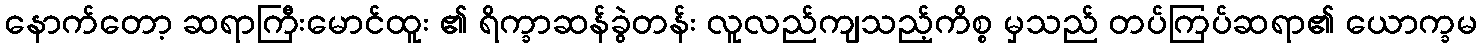
နောက်တော့ ဆရာကြီးမောင်ထူး ၏ ရိက္ခာဆန်ခွဲတန်း လူလည်ကျသည့်ကိစ္စ မှသည် တပ်ကြပ်ဆရာ၏ ယောက္ခမ